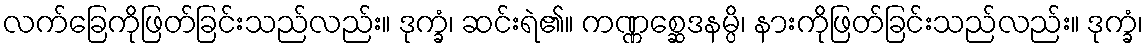
လက်ခြေကိုဖြတ်ခြင်းသည်လည်း။ ဒုက္ခံ၊ ဆင်းရဲ၏။ ကဏ္ဏစ္ဆေဒနမ္ပိ၊ နားကိုဖြတ်ခြင်းသည်လည်း။ ဒုက္ခံ၊